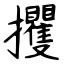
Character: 攫